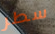
سطر